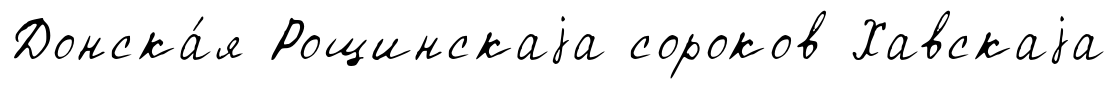
Донска́я Рощинскаjа сороков Хавскаjа